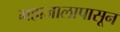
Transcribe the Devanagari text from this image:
महाजालापासून